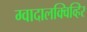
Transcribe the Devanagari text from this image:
ग्वादालक्विव्हिर